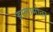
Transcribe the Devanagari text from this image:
इस्लामोत्तर